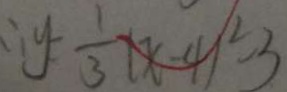
\therefore y = \frac { 1 } { 3 } ( x - 4 ) ^ { 2 } - 3